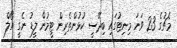
މެޗުގެ 23 ވަނަ މިނިޓުގައި ބިދޭސީ ކުޅުންތެރިން ޓީމުން ލީޑު ނެގީ އޯލް